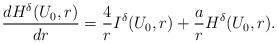
LaTeX: \begin{align*} \frac{dH^{\delta}(U_0,r)}{dr} = \frac{4}{r} I ^{\delta}(U_0,r) + \frac{a}{r} H^{\delta}(U_0,r). \end{align*}